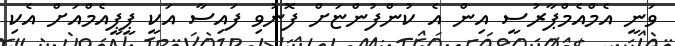
ވަނީ އެމްއެމްޕާރުސީ އިން އެ ކުންފުންޏަށް ފޮނުވި ފައިސާ އަކީ ޕީޕީއެމްއަށް އެކި